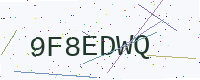
Text: 9F8EDWQ